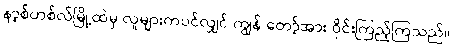
နာ့စ်ဟစ်လ်မြို့ထဲမှ လူများကပင်လျှင် ကျွန် တော့်အား ဝိုင်းကြည့်ကြသည်။